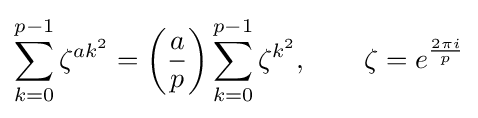
\sum _{k=0}^{p-1}\zeta ^{ak^{2}}=\left({\frac {a}{p}}\right)\sum _{k=0}^{p-1}\zeta ^{k^{2}},\qquad \zeta =e^{\frac {2\pi i}{p}}